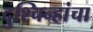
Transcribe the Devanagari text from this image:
दुश्चिन्हांचा